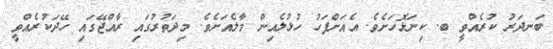
ބަނދަރު ކުރެއްވީ ބ. ކިނަޅޮހަށެވެ. އެއަށްފަހު ހުޅުލެއިން މާލެއަށެވެ. މިދަތުރުގައި ރާއްޖޭގައި ހޭދަކުރެއްވީ